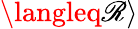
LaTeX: \langleq\mathscr{R}\rangle